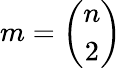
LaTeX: m={\binom{n}{2}}